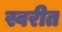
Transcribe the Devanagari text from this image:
स्वरीत